Riigikantselei, lk 8
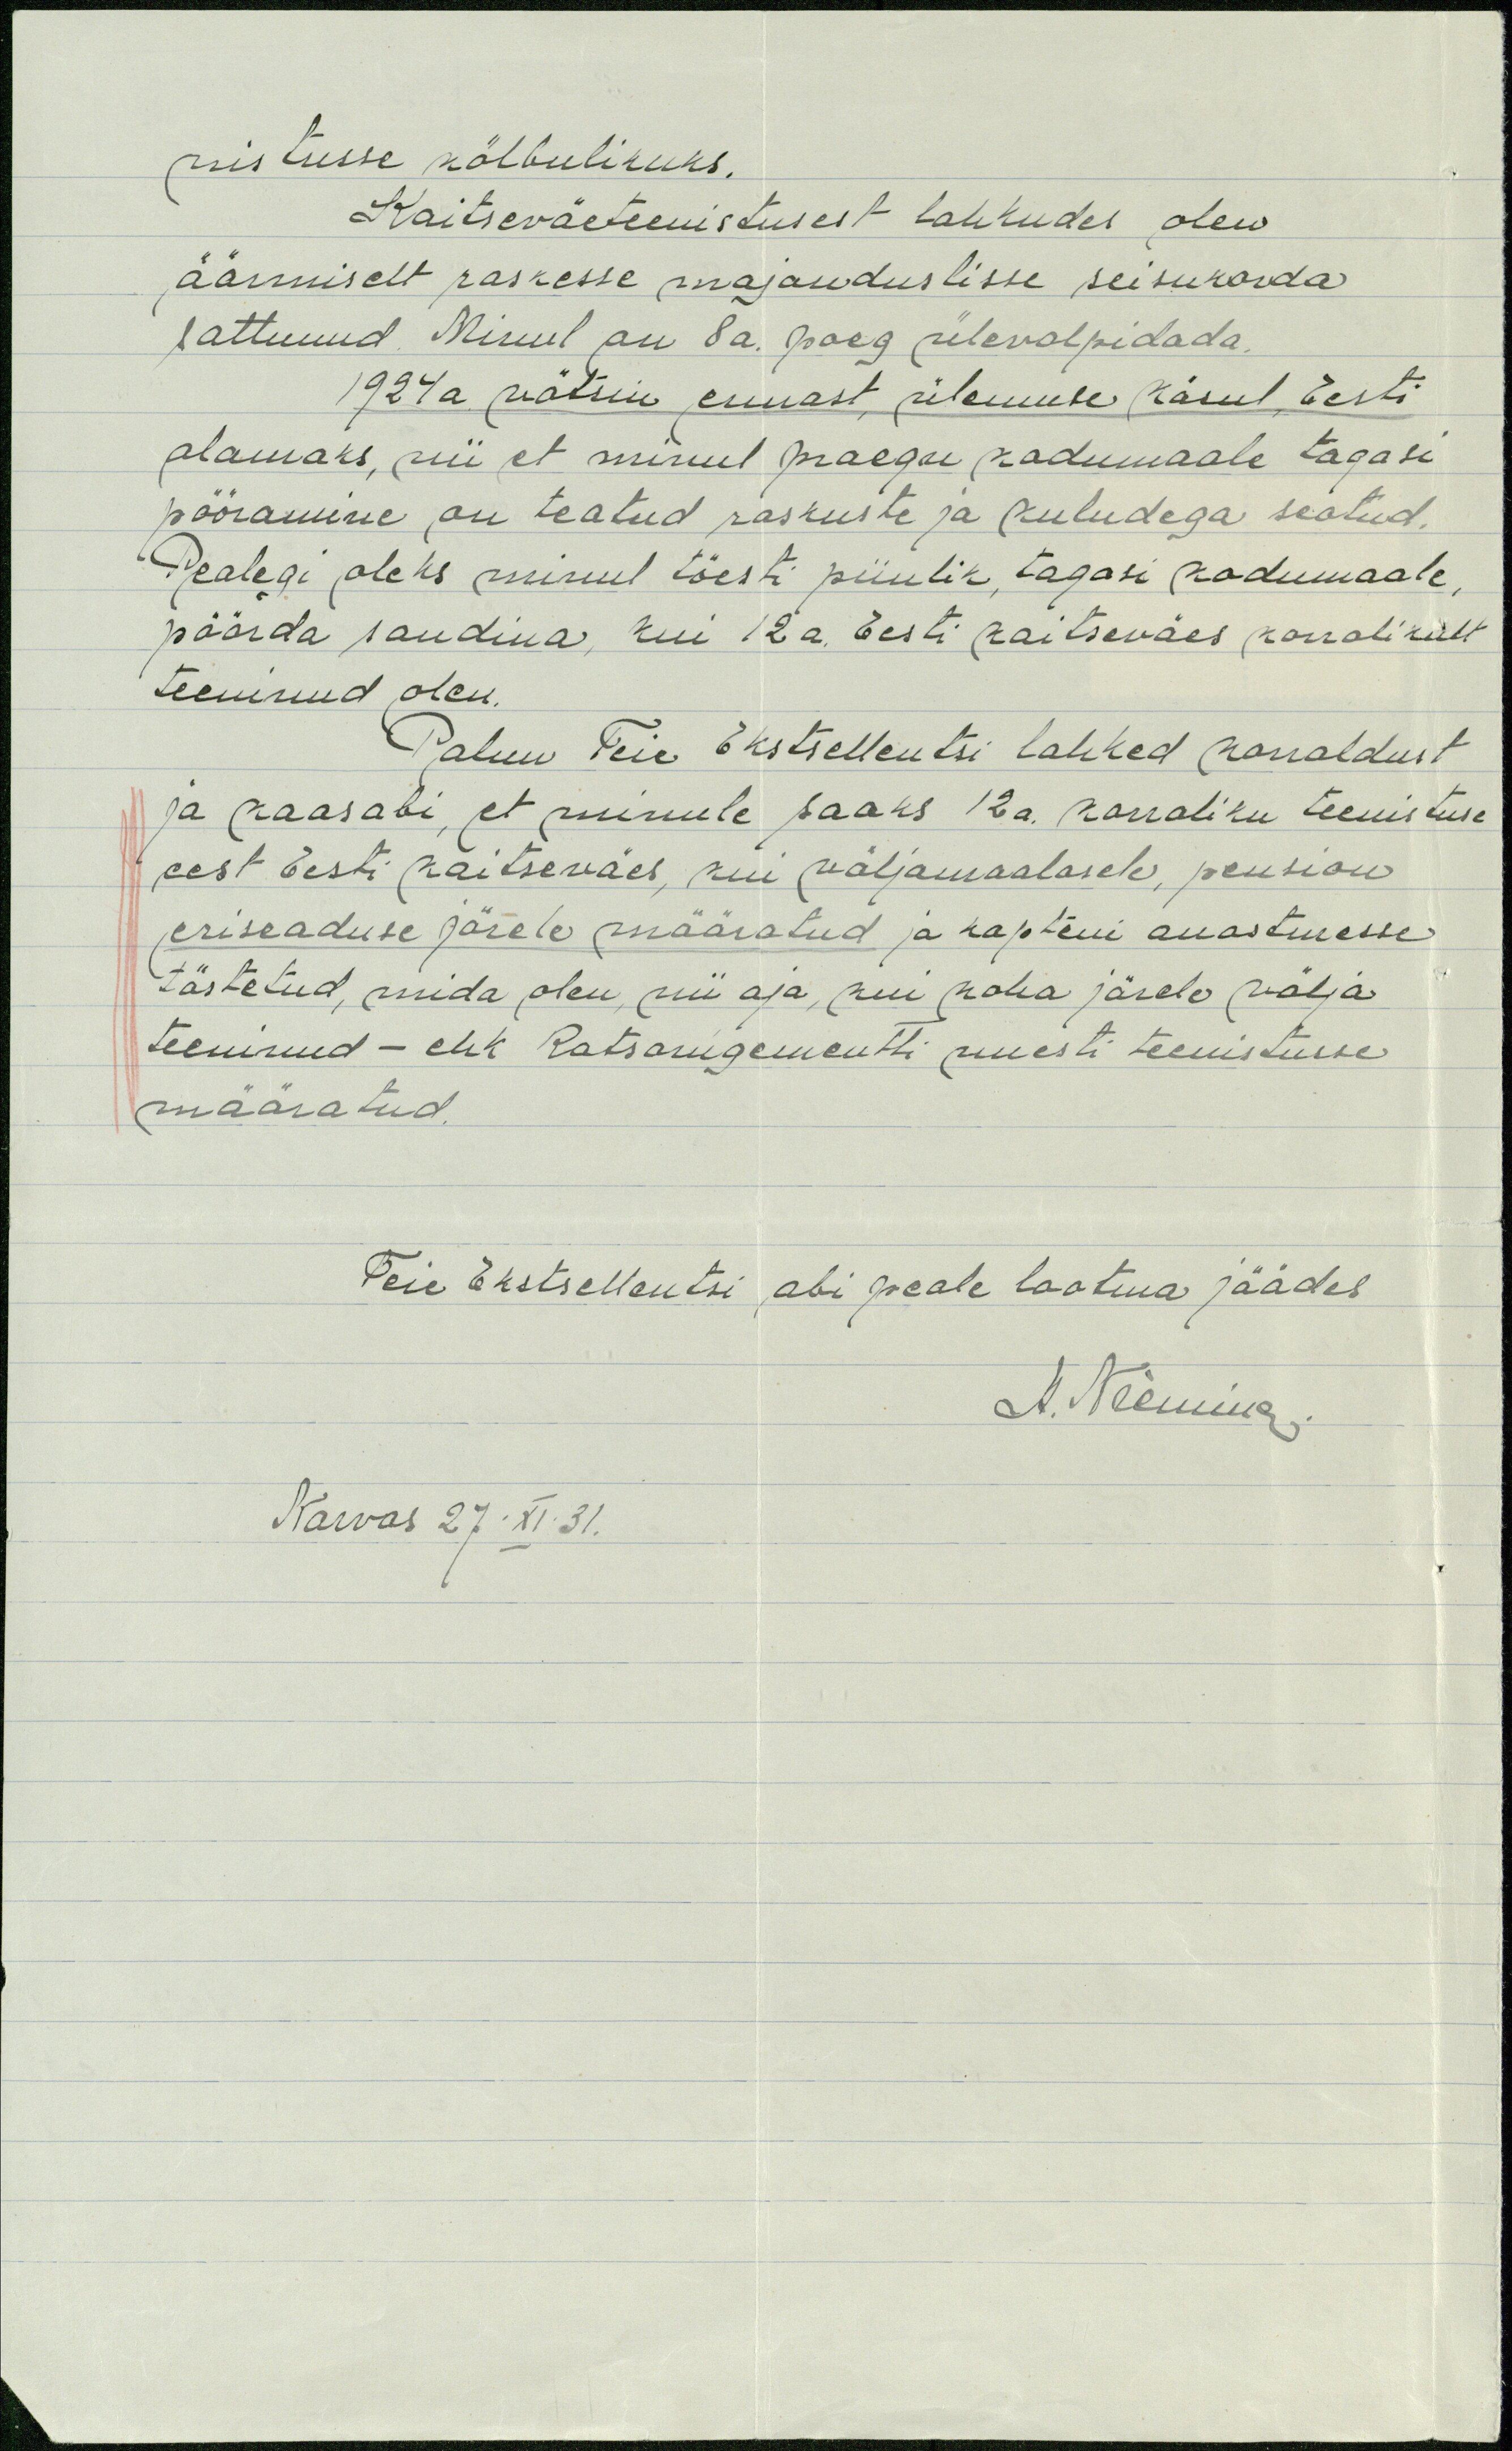
nistusse kölbulikuks.
Kaitseväeteenistusest lahkudes olen
äärmiselt raskesse majanduslisse seisukorda
sattunud. Minul on 8a. poeg ülevalpidada.
1924 a. võtsin ennast, ülemuse Käsul, Eesti
alamaks, nii et minul praegu kadumaale tagasi
pööramine ,on teatud raskuste ja kuludega seatud.
Pealegi oleks minul tõesti piinlik, tagasi kodumaale,
pöörda sandina, kui 12a. Eesti Kaitseväes korralikult
teeninud olen.
Palun Teie Ekstsellentsi lahked korraldust
ja kaasabi, et minule saaks 12 a. korraliku teenistuse
eest Eesti Käitseväes, kui väljamaalasele, pension
eriseaduse järele määratud ja kapteni auastmesse
tästetud, mida olen, nii aja, kui koha järele välja
teeninud - ehk Ratsarügementti uuesti teenistusse
määratud.
Teie Ekstsellentsi ,abi peale lootma jäädes
A. Nieminen
Narvas 27. XI. 31.